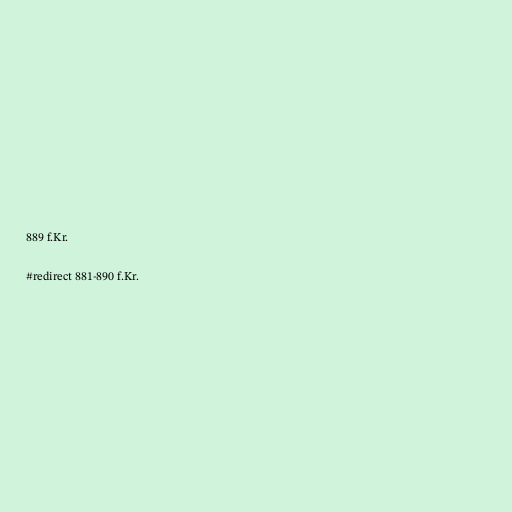
889 f.Kr.

#redirect 881-890 f.Kr.